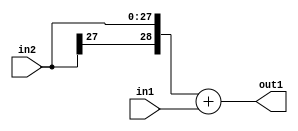
`timescale 1ps / 1ps
/*****************************************************************************
    Verilog RTL Description
    
    
    Created by: Stratus DpOpt 2019.1.01 
*******************************************************************************/

module GaussFilter_Add_28Sx1U_29S_1 (
	in2,
	in1,
	out1
	); /* architecture "behavioural" */ 
input [27:0] in2;
input  in1;
output [28:0] out1;
wire [28:0] asc001;

assign asc001 = 
	+({in2[27], in2})
	+(in1);

assign out1 = asc001;
endmodule

/* CADENCE  ubH0TAg= : u9/ySgnWtBlWxVPRXgAZ4Og= ** DO NOT EDIT THIS LINE ******/